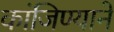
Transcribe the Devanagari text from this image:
कांजिण्याने